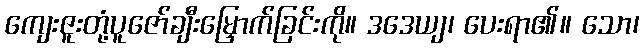
ကျေးဇူးတုံ့ပူဇော်ချီးမြှောက်ခြင်းကို။ ဒဒေယျ၊ ပေးရာ၏။ သော၊